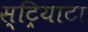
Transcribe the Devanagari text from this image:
स्ट्रियाटा